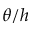
\theta / h